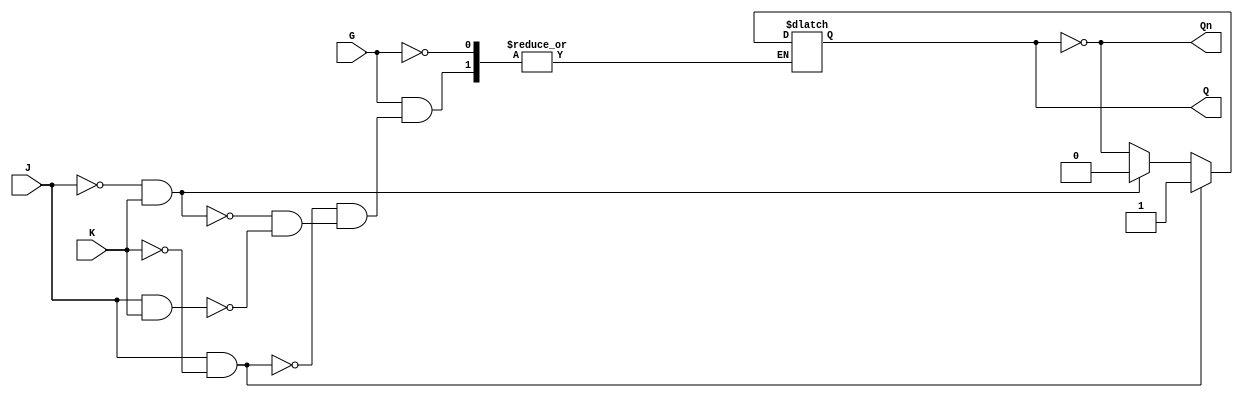
module GatedJKLatch (
    input wire J,      // Set input
    input wire K,      // Reset input
    input wire G,      // Enable input
    output reg Q,      // Primary output
    output wire Qn     // Complementary output
);

    assign Qn = ~Q; // Q' is the inverse of Q

    always @ (G or J or K) begin
        if (G) begin
            if (J && ~K) begin
                Q <= 1; // Set condition
            end else if (~J && K) begin
                Q <= 0; // Reset condition
            end else if (J && K) begin
                Q <= ~Q; // Toggle condition
            end
            // If J = 0 and K = 0, Q remains unchanged
        end
        // If G is low, Q retains its previous value
    end

endmodule